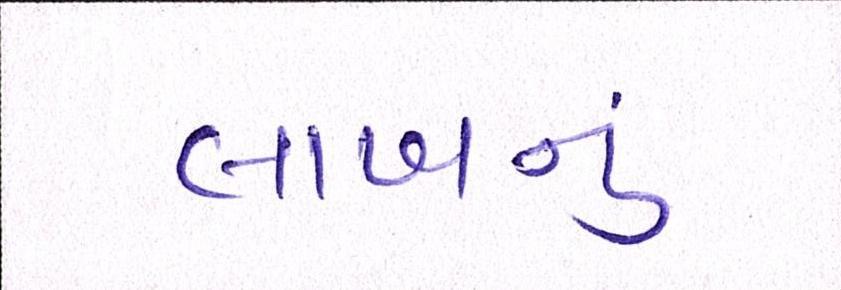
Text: લાખનું